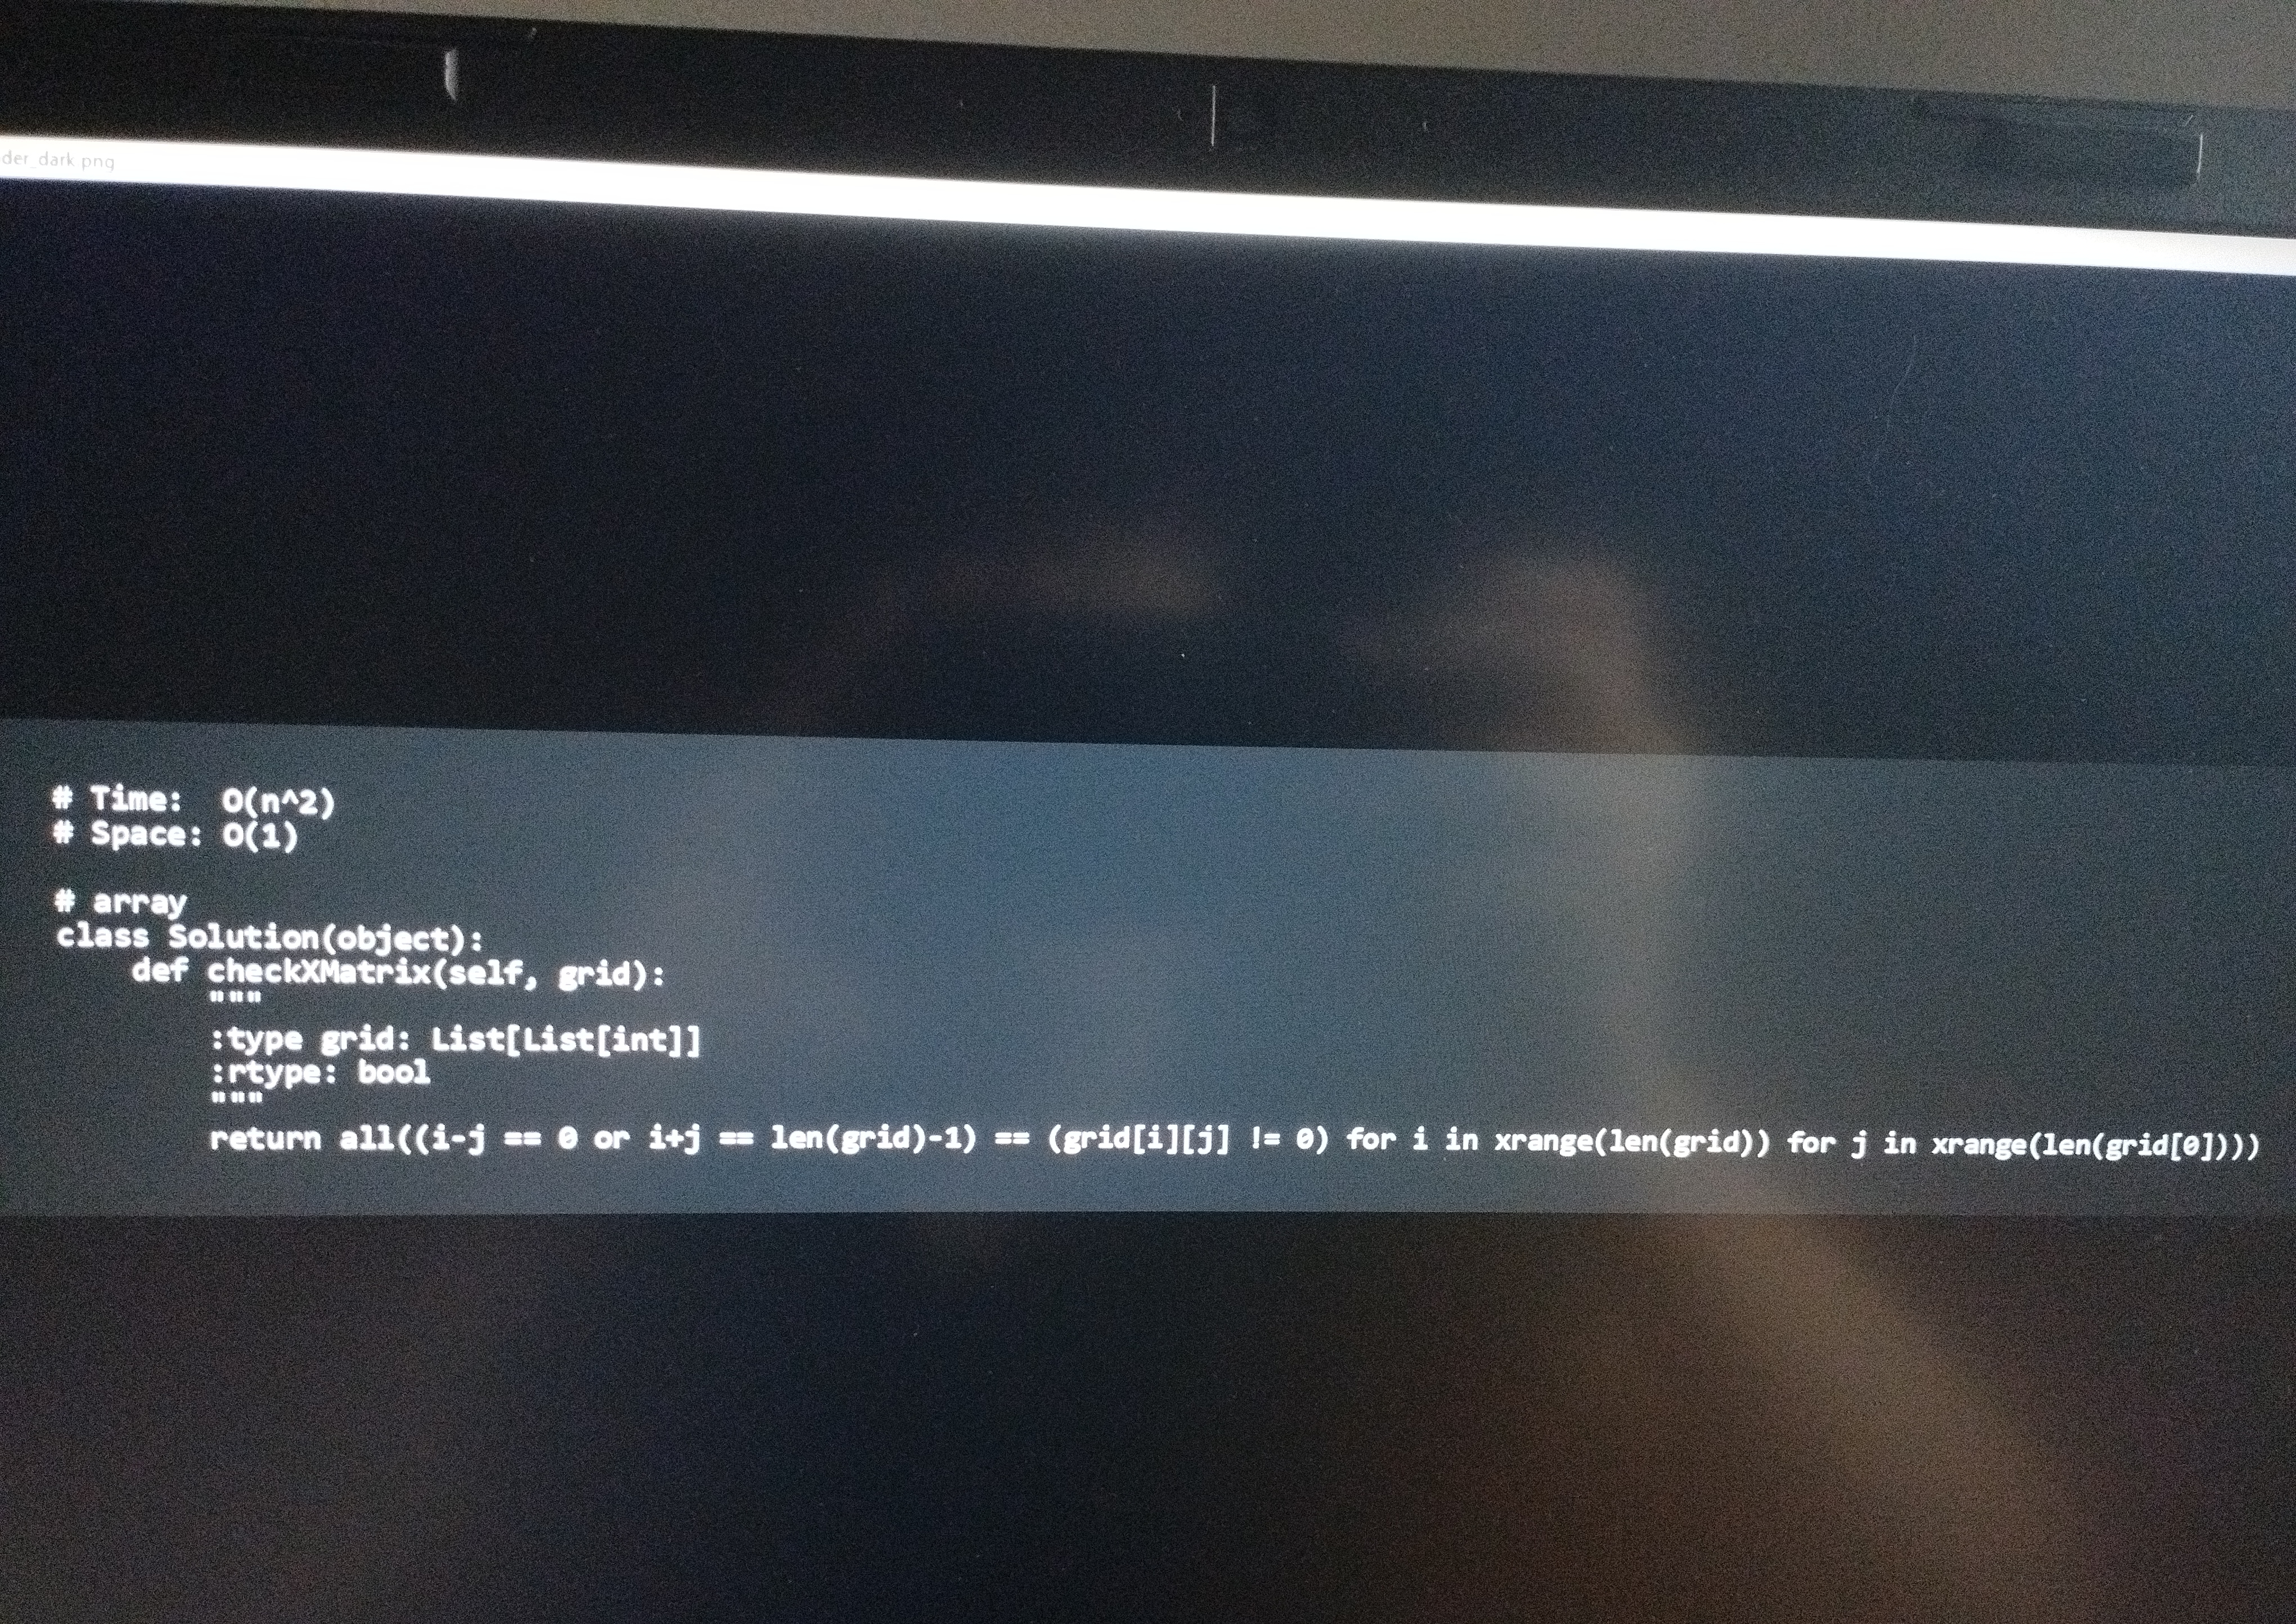
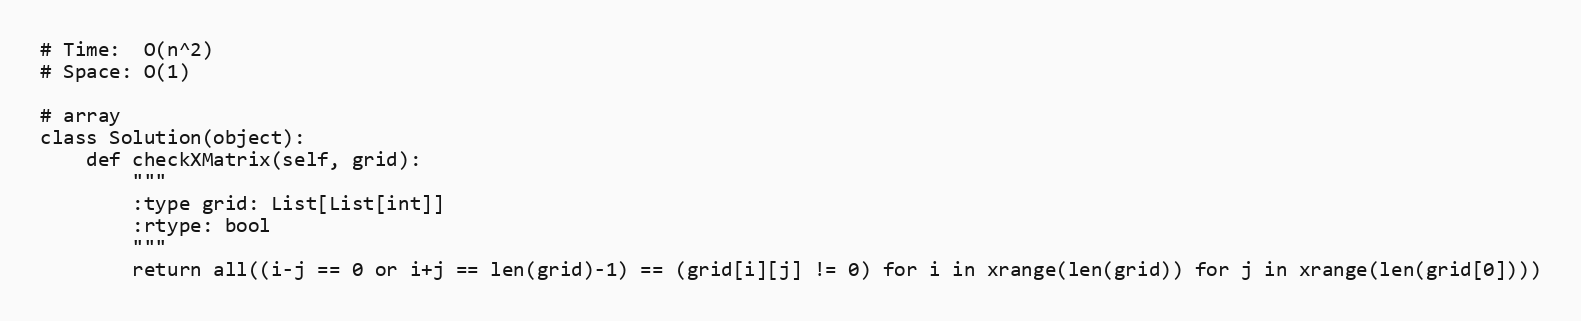
# Time:  O(n^2)
# Space: O(1)

# array
class Solution(object):
    def checkXMatrix(self, grid):
        """
        :type grid: List[List[int]]
        :rtype: bool
        """
        return all((i-j == 0 or i+j == len(grid)-1) == (grid[i][j] != 0) for i in xrange(len(grid)) for j in xrange(len(grid[0])))